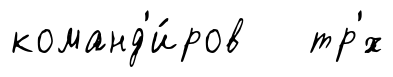
команд'и́ров тр'́х